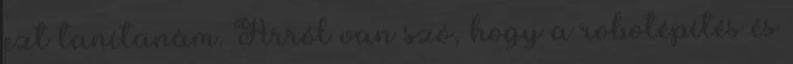
ezt tanítanám. Arról van szó, hogy a robotépítés és